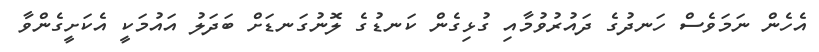
އެހެން ނަމަވެސް ހަނދުގެ ދައުރުވުމާއި ގުޅިގެން ކަނޑުގެ ލޮނުގަނޑަށް ބަދަލު އައުމަކީ އެކަށީގެންވާ